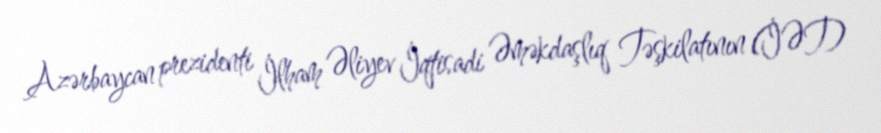
Azərbaycan prezidenti İlham Əliyev İqtisadi Əməkdaşlıq Təşkilatının (İƏT)